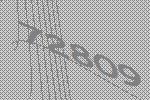
72809